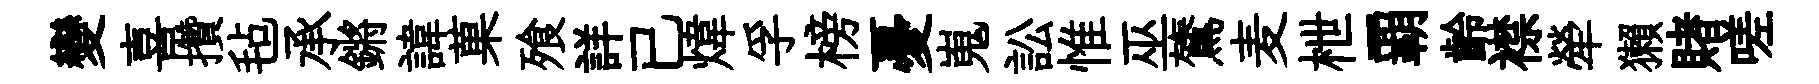
變喜攢毡承鏘諱菓飱詳已煒孚榜憂嵬訟惟巫鷟麦枻覇齡襟犖獺賭嗟